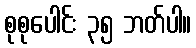
စုစုပေါင်း ၃၅ ဘတ်ပါ။